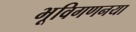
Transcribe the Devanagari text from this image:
भूविगणनया